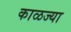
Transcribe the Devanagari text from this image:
काळज्या